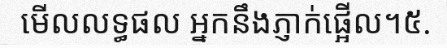
មើលលទ្ធផល អ្នកនឹងភ្ញាក់ផ្អើល។៥.